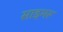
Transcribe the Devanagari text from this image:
साइमरू